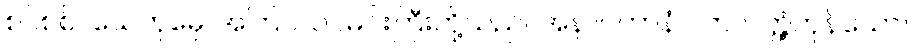
စင်စစ်။ ယေတုမှေ၊ အကြင်သင်မင်းကြီးတို့သည်။ အနာဂတာနံ၊ လာလတ္တံ့ကုန်သော။